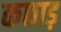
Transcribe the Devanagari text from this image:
कछाड़